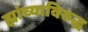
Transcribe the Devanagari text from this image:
ह्यांच्याविरुद्ध